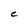
Character: C